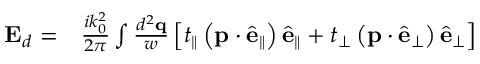
\begin{array} { r l } { \mathbf { E } _ { d } = } & { { } \frac { i k _ { 0 } ^ { 2 } } { 2 \pi } \int \frac { d ^ { 2 } \mathbf { q } } { w } \left[ t _ { \parallel } \left( \mathbf { p } \cdot \hat { \mathbf { e } } _ { \parallel } \right) \hat { \mathbf { e } } _ { \parallel } + t _ { \perp } \left( \mathbf { p } \cdot \hat { \mathbf { e } } _ { \perp } \right) \hat { \mathbf { e } } _ { \perp } \right] } \end{array}